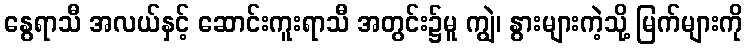
နွေရာသီ အလယ်နှင့် ဆောင်းကူးရာသီ အတွင်း၌မူ ကျွဲ၊ နွားများကဲ့သို့ မြက်များကို